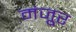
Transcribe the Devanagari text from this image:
मंजूुर